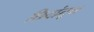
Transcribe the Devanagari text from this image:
छिदांतून